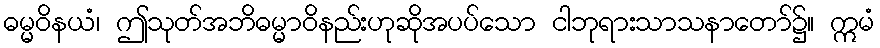
ဓမ္မဝိနယံ၊ ဤသုတ်အဘိဓမ္မာဝိနည်းဟုဆိုအပပ်သော ငါဘုရားသာသနာတော်၌။ ဣမံ